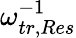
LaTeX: \omega_{tr,Res}^{-1}